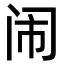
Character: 闹